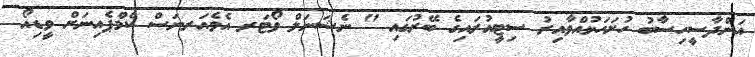
އަންދާސީހިސާބު ހުށަހަޅުއްވާއިރު ސިޓީއުރައިގެ ބޭރުގައި " ނެޝަނަލް ވޯޓަރ އެވެއަރނަސް ކެމްޕެއިނަށް ވީޑިއޯ